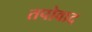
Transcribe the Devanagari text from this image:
तपोवाद